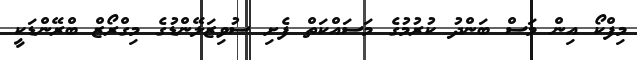
މިފްކޯ އިން މަސް ބަންދު ކުރުމުގެ މަސައްކަތް ފެށި ސުވިޒަލޭންޑުގެ މިގްރޯޒް ބްރޭންޑަކީ